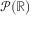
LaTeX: { \mathcal { P } } ( \mathbb { R } )